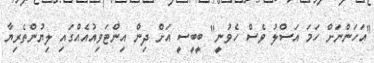
"އަހަންނަށް ހަމަ އަސްލު ވެސް ހެވުނީ" ބީބީސީ އަށް ދިން އިންޓަވިއުއެއްގައި ލިޔުންތެރިޔާ